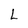
Character: L